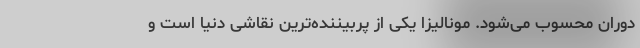
دوران محسوب می‌شود. مونالیزا یکی از پربیننده‌ترین نقاشی دنیا است و